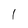
Character: l